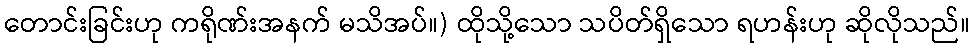
တောင်းခြင်းဟု ကရိုဏ်းအနက် မသိအပ်။) ထိုသို့သော သပိတ်ရှိသော ရဟန်းဟု ဆိုလိုသည်။